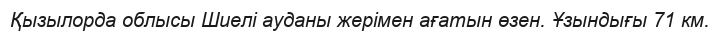
Қызылорда облысы Шиелі ауданы жерімен ағатын өзен. Ұзындығы 71 км.